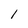
Character: 1